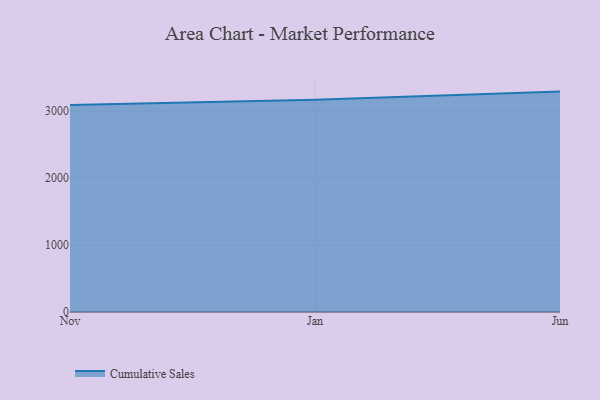
{"axis": {"x": "Month", "y": "Gross Profit (USD K)"}, "legend": ["Cumulative Sales"], "data": [{"x": "Nov", "y": 3091.7, "type": "Cumulative Sales"}, {"x": "Jan", "y": 3168.0, "type": "Cumulative Sales"}, {"x": "Jun", "y": 3290.9, "type": "Cumulative Sales"}]}